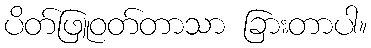
ပိတ်ဖြူဝတ်တာသာ ခြားတာပါ။